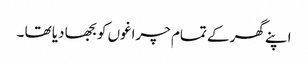
اپنے گھر کے تمام چراغوں کو بجھا دیا تھا ۔